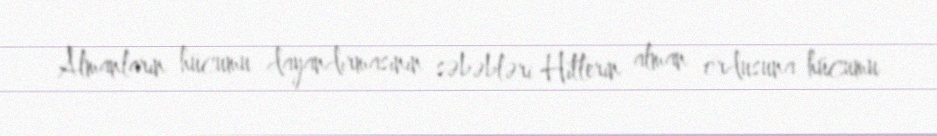
Almanların hücumu dayandırmasının səbəbləri Hitlerin alman ordusuna hücumu